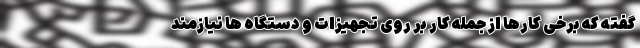
گفته که برخی کارها از جمله کار بر روی تجهیزات و دستگاه ها نیازمند